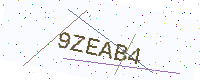
Text: 9ZEAB4